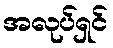
အလုပ်ရှင်